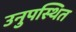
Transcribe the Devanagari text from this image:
उनुपस्थित